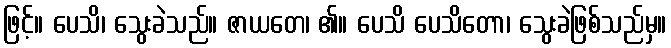
ဖြင့်။ ပေသိ၊ သွေးခဲသည်။ ဇာယတေ၊ ၏။ ပေသိ ပေသိတော၊ သွေးခဲဖြစ်သည်မှ။